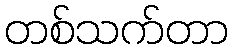
တစ်သက်တာ